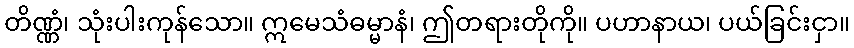
တိဏ္ဏံ၊ သုံးပါးကုန်သော။ ဣမေသံဓမ္မာနံ၊ ဤတရားတိုကို။ ပဟာနာယ၊ ပယ်ခြင်းငှာ။